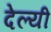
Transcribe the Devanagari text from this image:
देल्यी